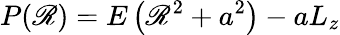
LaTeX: P(\mathscr{R})=E\left(\mathscr{R}^{2}+a^{2}\right)-aL_{z}